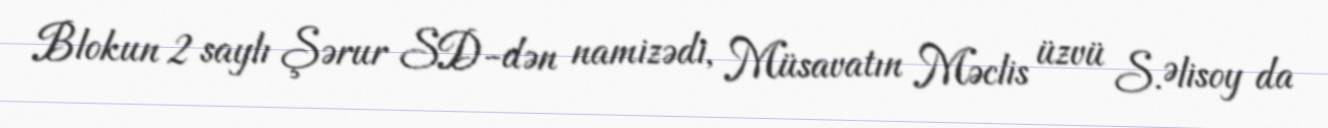
Blokun 2 saylı Şərur SD-dən namizədi, Müsavatın Məclis üzvü S.Əlisoy da